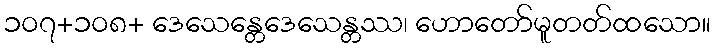
၁၀၇+၁၀၈+ ဒေသေန္တေဒေသေန္တဿ၊ ဟောတော်မူတတ်ထသော။